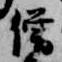
僧